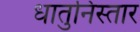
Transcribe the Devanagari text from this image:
धातुनिस्तार